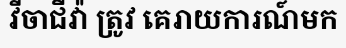
វីចាជីវ៉ា ត្រូវ គេរាយការណ៍មក